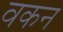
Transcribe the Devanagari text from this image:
वकन